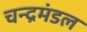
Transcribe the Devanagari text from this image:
चन्द्रमंडल